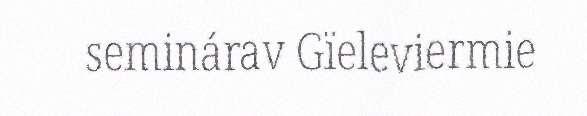
seminárav Gïeleviermie